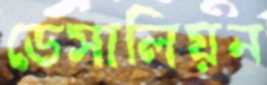
ডেসালিয়ন